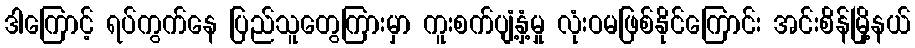
ဒါကြောင့် ရပ်ကွက်နေ ပြည်သူတွေကြားမှာ ကူးစက်ပျံ့နှံ့မှု လုံးဝမဖြစ်နိုင်ကြောင်း အင်းစိန်မြို့နယ်